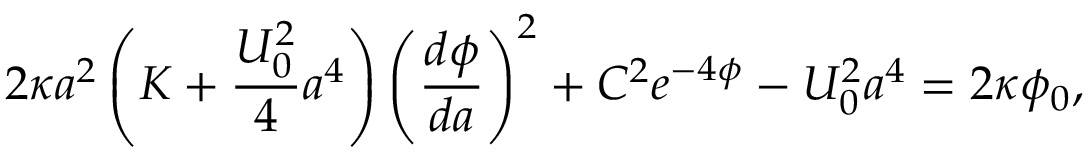
2 \kappa a ^ { 2 } \left( K + \frac { U _ { 0 } ^ { 2 } } 4 a ^ { 4 } \right) \left( \frac { d \phi } { d a } \right) ^ { 2 } + C ^ { 2 } e ^ { - 4 \phi } - U _ { 0 } ^ { 2 } a ^ { 4 } = 2 \kappa \phi _ { 0 } ,